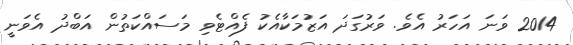
2014 ވަނަ އަހަރު އެވެ. ވަރުގަދަ އަޒުމަކާއެކު ފެއްޓެވި މަސައްކަތުން އަބްދު އެވަނީ